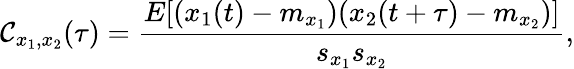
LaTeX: \mathcal{C}_{x_{1},x_{2}}(\tau)=\frac{{E[(x_{1}(t)-m_{x_{1}})(x_{2}(t+\tau)-m_{x_{2}})]}}{{s_{x_{1}}s_{x_{2}}}},